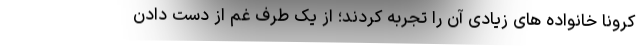
کرونا خانواده های زیادی آن را تجربه کردند؛ از یک طرف غم از دست دادن